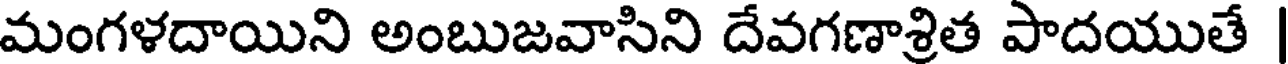
మంగళదాయిని అంబుజవాసిని దేవగణాశ్రిత పాదయుతే